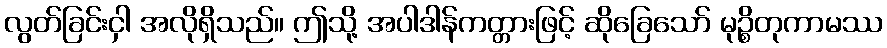
လွတ်ခြင်းငှါ အလိုရှိသည်။ ဤသို့ အပါဒါန်ကတ္တားဖြင့် ဆိုခြေသော် မုဉ္စိတုကာမဿ